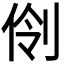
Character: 𫢣